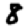
Digit: 8